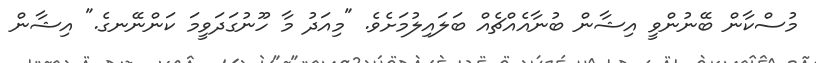
މުސްކާން ބޭނުންވީ އިޝާން ބުނާއެއްޗެއް ބަލައިލުމަށެވެ. "މިއަދު މާ ހޫނުގަދަވީމަ ކަންނޭނގެ." އިޝާން